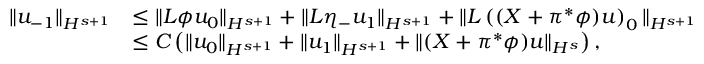
\begin{array} { r l } { \| u _ { - 1 } \| _ { H ^ { s + 1 } } } & { \leq \| L \phi u _ { 0 } \| _ { H ^ { s + 1 } } + \| L \eta _ { - } u _ { 1 } \| _ { H ^ { s + 1 } } + \| L \left( ( X + \pi ^ { * } \phi ) u \right) _ { 0 } \| _ { H ^ { s + 1 } } } \\ & { \leq C \left( \| u _ { 0 } \| _ { H ^ { s + 1 } } + \| u _ { 1 } \| _ { H ^ { s + 1 } } + \| ( X + \pi ^ { * } \phi ) u \| _ { H ^ { s } } \right) , } \end{array}